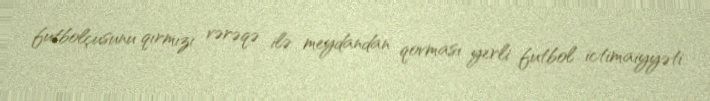
futbolçusunu qırmızı vərəqə ilə meydandan qovması yerli futbol ictimaiyyəti